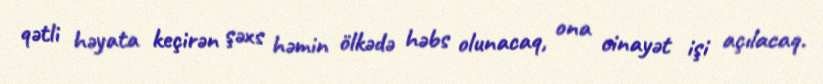
qətli həyata keçirən şəxs həmin ölkədə həbs olunacaq, ona cinayət işi açılacaq.